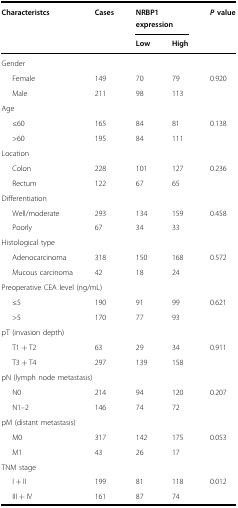
| Characteristcs | Cases | <COLSPAN=2> NRBP1 expression | P value |
 |  |  | Low | High |  |
 | --- | --- | --- | --- | --- |
 | <COLSPAN=5> Gender |
 | Female | 149 | 70 | 79 | 0.920 |
 | Male | 211 | 98 | 113 |  |
 | <COLSPAN=5> Age |
 | ≤60 | 165 | 84 | 81 | 0.138 |
 | >60 | 195 | 84 | 111 |  |
 | <COLSPAN=5> Location |
 | Colon | 228 | 101 | 127 | 0.236 |
 | Rectum | 122 | 67 | 65 |  |
 | <COLSPAN=5> Differentiation |
 | Well/moderate | 293 | 134 | 159 | 0.458 |
 | Poorly | 67 | 34 | 33 |  |
 | <COLSPAN=5> Histological type |
 | Adenocarcinoma | 318 | 150 | 168 | 0.572 |
 | Mucous carcinoma | 42 | 18 | 24 |  |
 | <COLSPAN=5> Preoperative CEA level (ng/mL) |
 | ≤5 | 190 | 91 | 99 | 0.621 |
 | >5 | 170 | 77 | 93 |  |
 | <COLSPAN=5> pT (invasion depth) |
 | T1 + T2 | 63 | 29 | 34 | 0.911 |
 | T3 + T4 | 297 | 139 | 158 |  |
 | <COLSPAN=5> pN (lymph node metastasis) |
 | N0 | 214 | 94 | 120 | 0.207 |
 | N1–2 | 146 | 74 | 72 |  |
 | <COLSPAN=5> pM (distant metastasis) |
 | M0 | 317 | 142 | 175 | 0.053 |
 | M1 | 43 | 26 | 17 |  |
 | <COLSPAN=5> TNM stage |
 | I + II | 199 | 81 | 118 | 0.012 |
 | III + IV | 161 | 87 | 74 |  |